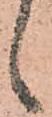
ゝ